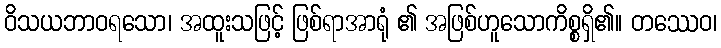
ဝိသယဘာဝရသော၊ အထူးသဖြင့် ဖြစ်ရာအာရုံ ၏ အဖြစ်ဟူသောကိစ္စရှိ၏။ တဿေဝ၊